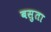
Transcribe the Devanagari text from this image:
बसुता